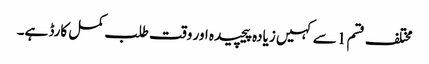
مختلف قسم 1 سے کہیں زیادہ پیچیدہ اور وقت طلب کمل کارڈ ہے۔